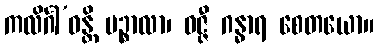
ကလိင်္ဂါ’ဝန္တိ ပဉ္စာလာ၊ ဝဇ္ဇီ ဂန္ဓာရ စေတယော။